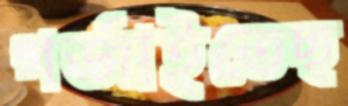
গর্জাইতেছ